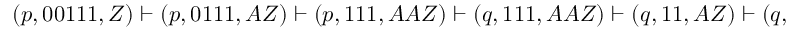
( p , 0 0 1 1 1 , Z ) \vdash ( p , 0 1 1 1 , A Z ) \vdash ( p , 1 1 1 , A A Z ) \vdash ( q , 1 1 1 , A A Z ) \vdash ( q , 1 1 , A Z ) \vdash ( q , 1 , Z ) \vdash ( r , 1 , Z )